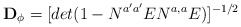
\begin{align*}{\bf D_\phi } = [det (1 - N^{a' a'} EN^{a, a} E)]^{-1/2} \, \,\end{align*}